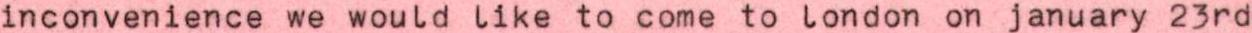
inconvenience we would like to come to london on january 23rd